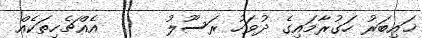
ޚައިބަރު ހަގުރާމައިގެ ދުވަހު ރަސޫލު      އެއްޗެހިތަކެއް